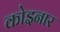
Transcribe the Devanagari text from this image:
कोइनार